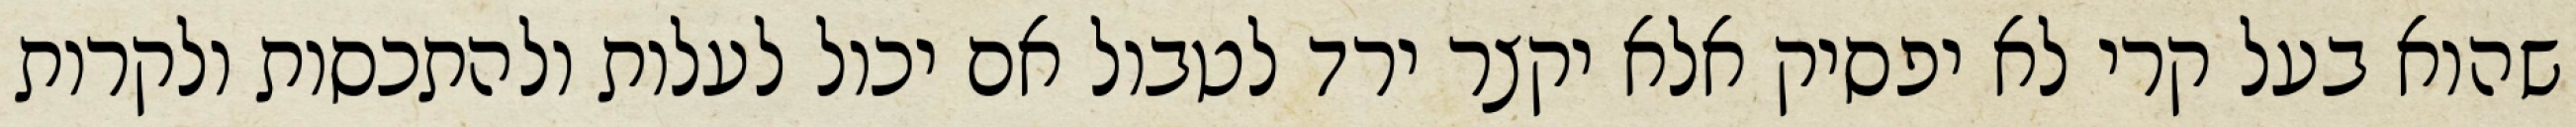
שהוא בעל קרי לא יפסיק אלא יקצר ירד לטבול אם יכול לעלות ולהתכסות ולקרות